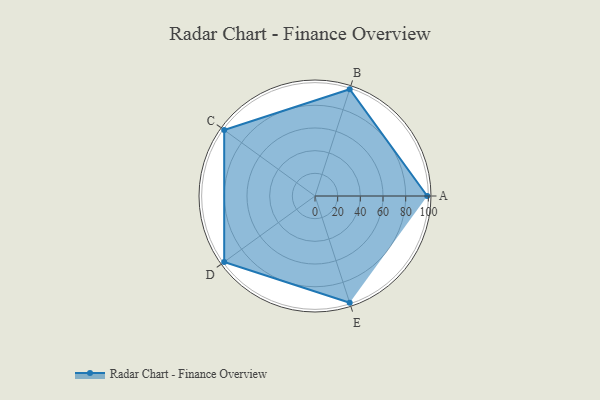
{"axis": {"x": "Skill", "y": "Score"}, "legend": ["Profile"], "data": [{"x": "A", "y": 99, "type": "Profile"}, {"x": "B", "y": 99, "type": "Profile"}, {"x": "C", "y": 99, "type": "Profile"}, {"x": "D", "y": 99, "type": "Profile"}, {"x": "E", "y": 99, "type": "Profile"}]}